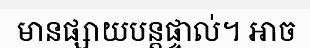
មានផ្សាយបន្តផ្ទាល់។ អាច